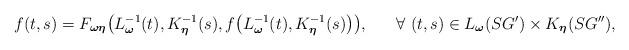
LaTeX: \begin{align*}\begin{aligned} f(t,s)= F_{\boldsymbol{\omega}\boldsymbol{\eta}}\big(L^{-1}_{\boldsymbol{\omega}}(t),K^{-1}_{\boldsymbol{\eta}}(s),f\big(L^{-1}_{\boldsymbol{\omega}}(t),K^{-1}_{\boldsymbol{\eta}}(s)\big)\big), ~~~~~\forall~ (t,s) \in L_{\boldsymbol{\omega}}(SG') \times K_{\boldsymbol{\eta}}(SG''), \end{aligned}\end{align*}